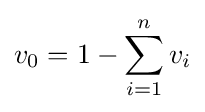
v_{0}=1-\sum _{i=1}^{n}v_{i}